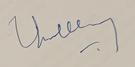
Signature authenticity: genuine